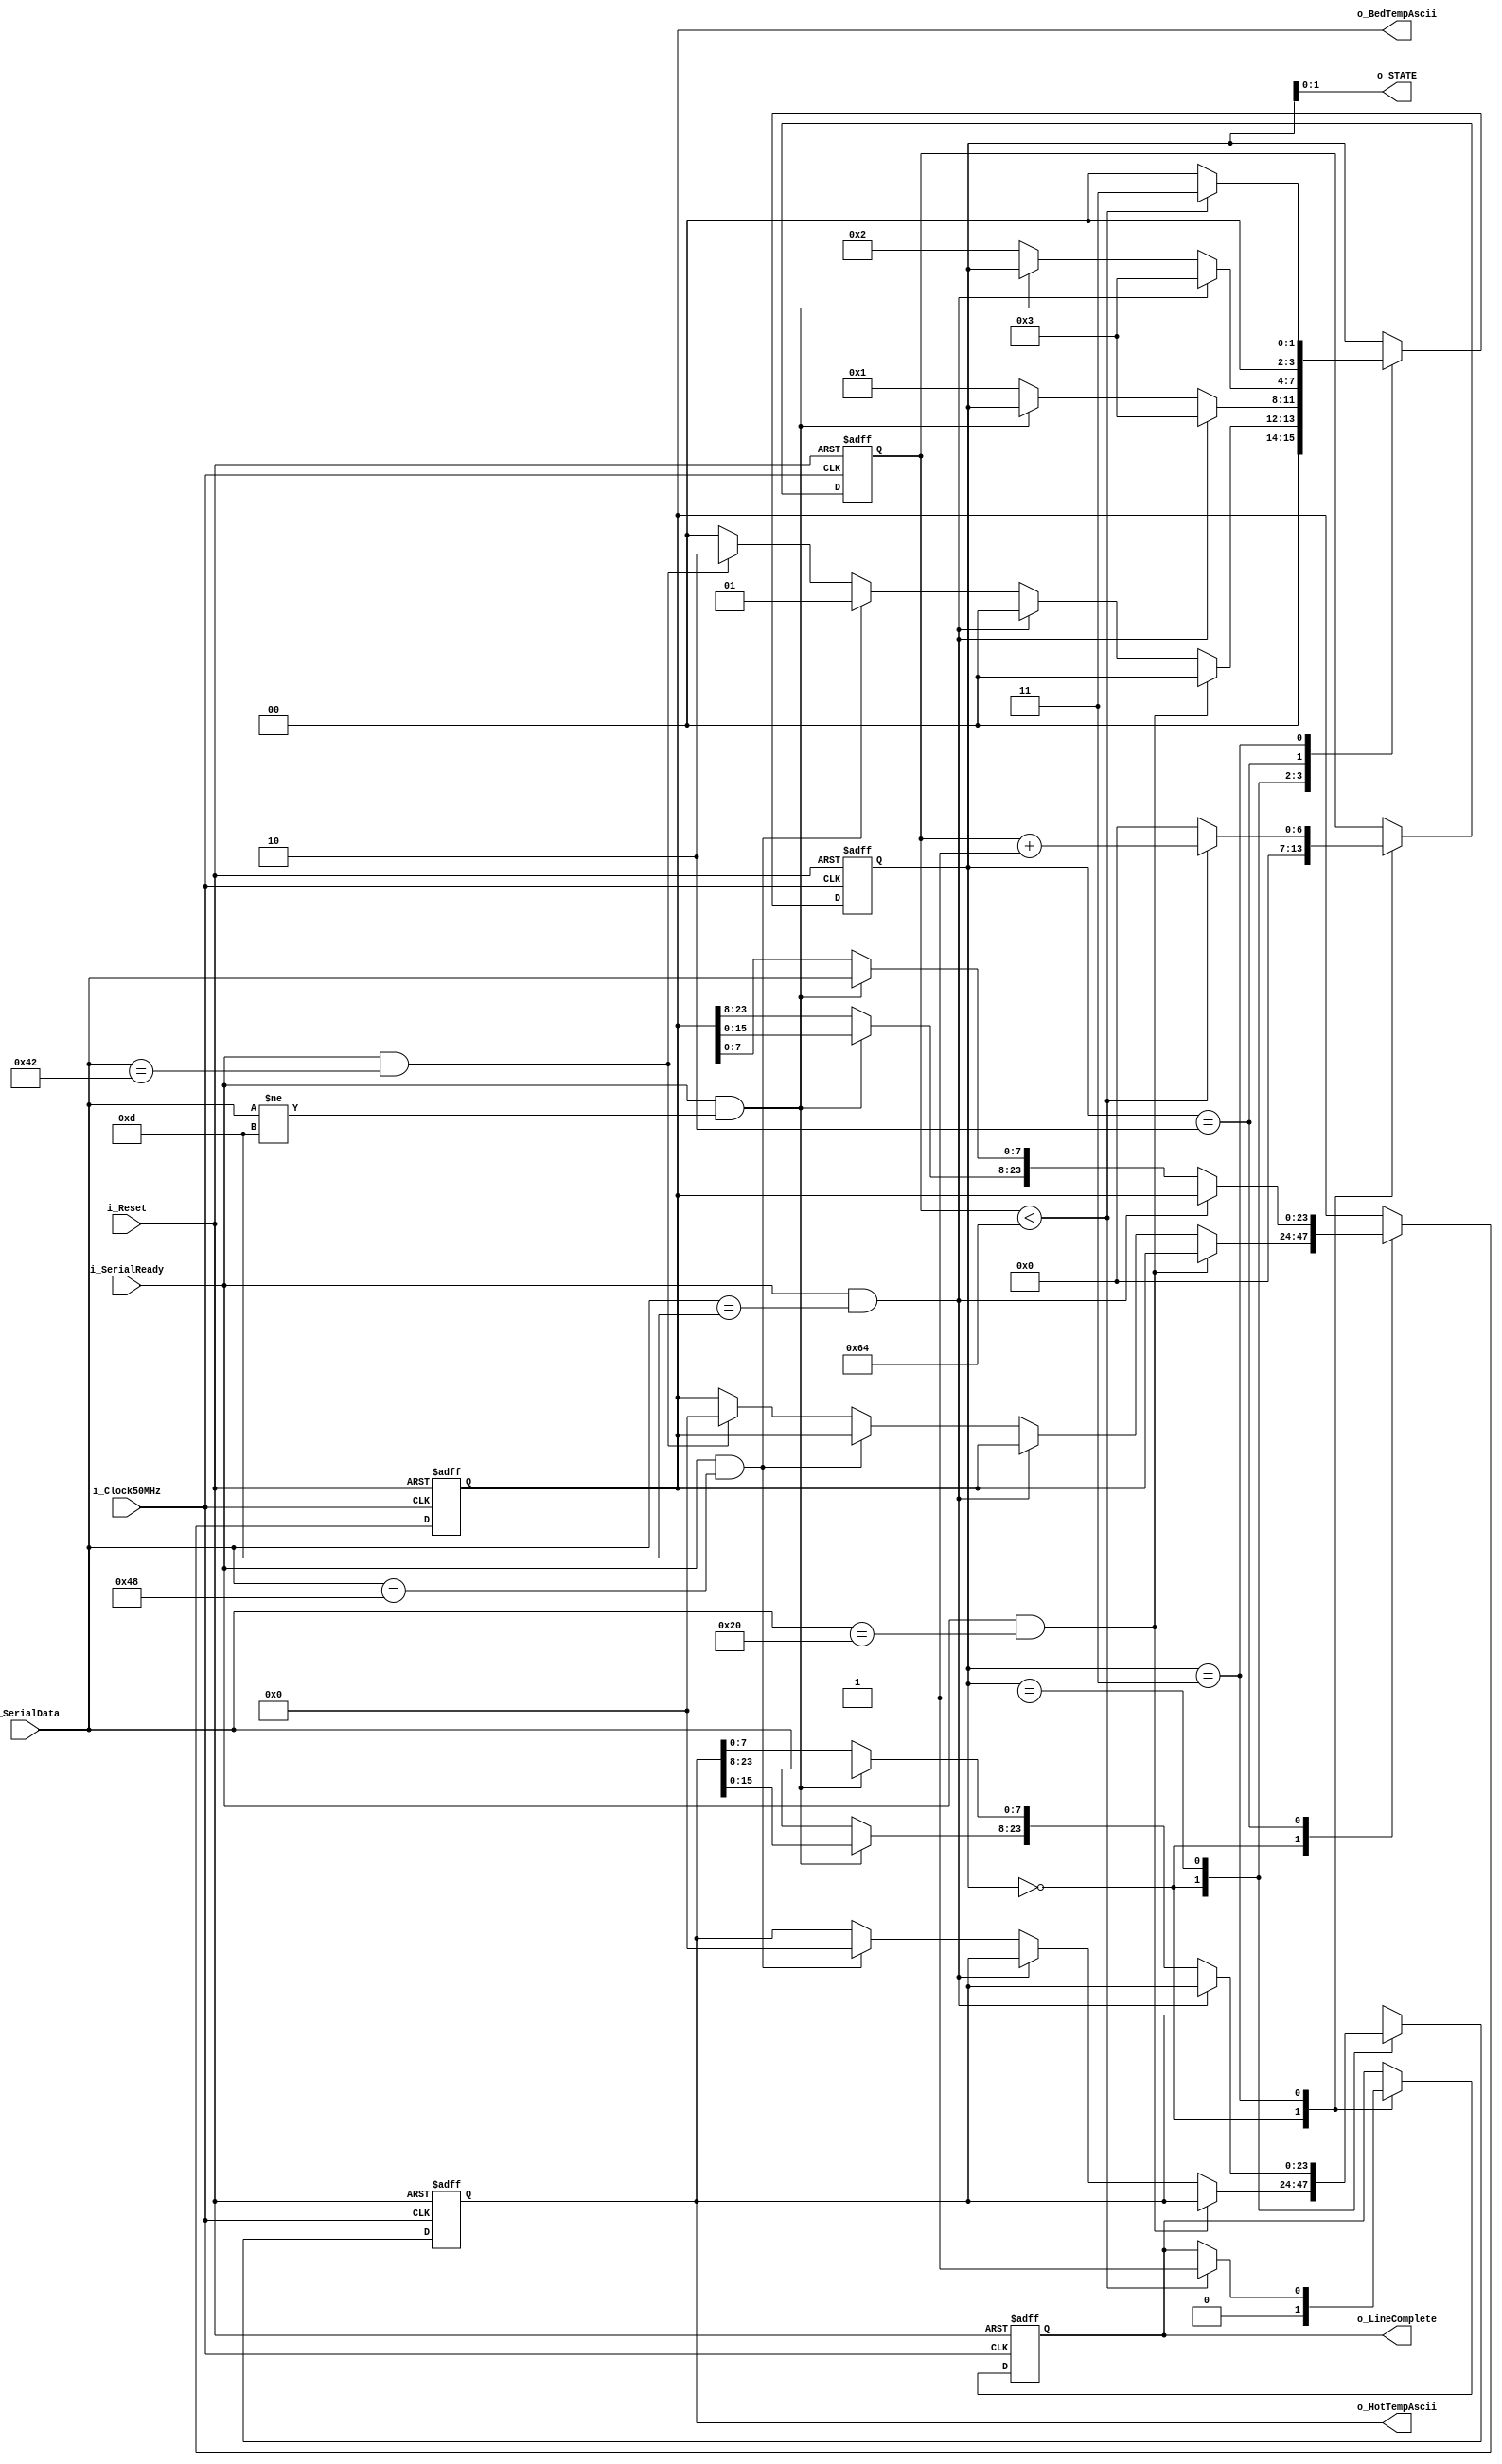
`timescale 1ns / 1ps
//////////////////////////////////////////////////////////////////////////////////
// Company: 
// Engineer: 
// 
// Design Name: 
// Module Name:    Temperature_Decoder 
// Project Name: 
// Target Devices: 
// Tool versions: 
// Description: 
//
// Dependencies: 
//
// Revision: 
// Revision 0.01 - File Created
// Additional Comments: 
//
//////////////////////////////////////////////////////////////////////////////////
module Temperature_Decoder(
	input i_Clock50MHz,
	input i_Reset,
	input i_SerialReady,
	input [7:0] i_SerialData,
	output reg [23:0] o_HotTempAscii,
	output reg [23:0] o_BedTempAscii,
	output reg o_LineComplete,
	output [1:0] o_STATE
   );
	
	localparam s_IDLE 	 = 4'd0;
	localparam s_HOT 		 = 4'd1;
	localparam s_BED 		 = 4'd2;
	localparam s_COMPLETE = 4'd3;
	
	reg [3:0] r_STATE;
	reg [6:0] r_CompleteCounter;
	
	initial begin
		o_HotTempAscii 	= 24'd0;
		o_BedTempAscii 	= 24'd0;
		o_LineComplete 	= 1'b0;
		r_STATE				= 4'd0;
		r_CompleteCounter = 7'd0;
	end
	
	always @(posedge i_Clock50MHz, posedge i_Reset) begin
		if (i_Reset) begin
			o_HotTempAscii 	= 24'd0;
			o_BedTempAscii 	= 24'd0;
			o_LineComplete 	= 1'b0;
			r_STATE				= 4'd0;
			r_CompleteCounter = 7'd0;
		end
		else begin
			case (r_STATE)
				s_IDLE: begin
					r_CompleteCounter = 7'd0;
					o_LineComplete 	= 1'b0;
					
					// SPACE
					if ((i_SerialReady) && i_SerialData == 8'd32) begin
						r_STATE = s_IDLE;
					end
					// ENTER
					else if ((i_SerialReady) && i_SerialData == 8'd13) begin
						r_STATE = s_IDLE;
					end
					// H
					else  if ((i_SerialReady) && i_SerialData == 8'd72) begin
						o_HotTempAscii = 24'd0;
						r_STATE  		= s_HOT;
					end
					// B
					else  if ((i_SerialReady) && i_SerialData == 8'd66) begin
						o_BedTempAscii = 24'd0;
						r_STATE  		= s_BED;
					end
					else begin
						r_STATE = s_IDLE;
					end
				end
				s_HOT: begin
					// ENTER
					if ((i_SerialReady) && i_SerialData == 8'd13) begin
						r_STATE = s_COMPLETE;
					end
					// HOT END TEMP. DATA COLLECTION
					else if ((i_SerialReady) && (i_SerialData != 8'd13)) begin
						o_HotTempAscii 	  = o_HotTempAscii << 8;
						o_HotTempAscii[7:0] = i_SerialData;
					end
					else begin
						r_STATE = s_HOT;
					end
				end
				s_BED: begin
					// ENTER
					if ((i_SerialReady) && i_SerialData == 8'd13) begin
						r_STATE = s_COMPLETE;
					end
					// BED TEMP. DATA COLLECTION
					else if ((i_SerialReady) && (i_SerialData != 8'd13)) begin
						o_BedTempAscii 	  = o_BedTempAscii << 8;
						o_BedTempAscii[7:0] = i_SerialData;
					end
					else begin
						r_STATE = s_BED;
					end
				end
				s_COMPLETE: begin
					if (r_CompleteCounter < 7'd100) begin
						o_LineComplete = 1'b1;
						r_CompleteCounter = r_CompleteCounter + 1'b1;
						r_STATE = s_COMPLETE;
					end
					else begin
						r_CompleteCounter = 7'd0;
						r_STATE = s_IDLE;
					end
				end
			endcase
		end
	end
	
	assign o_STATE = r_STATE[1:0];
endmodule